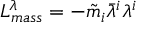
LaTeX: { \cal L } _ { m a s s } ^ { \lambda } = - { \tilde { m } } _ { i } \bar { \lambda } ^ { i } \lambda ^ { i }